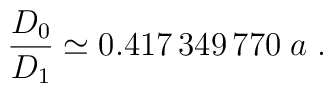
\frac{D_0}{D_1}\simeq0.417\,349\,770\;a \;.